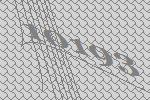
10193